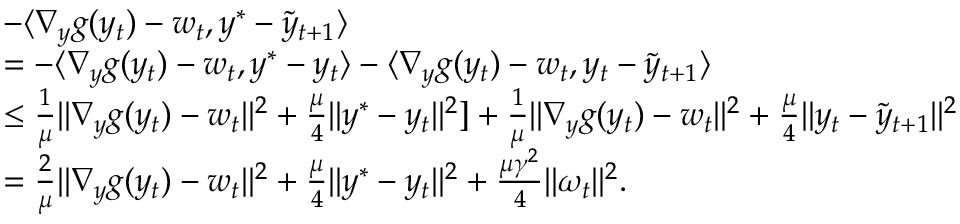
\begin{array} { r l } & { - \langle \nabla _ { y } g ( y _ { t } ) - w _ { t } , y ^ { * } - \tilde { y } _ { t + 1 } \rangle } \\ & { = - \langle \nabla _ { y } g ( y _ { t } ) - w _ { t } , y ^ { * } - y _ { t } \rangle - \langle \nabla _ { y } g ( y _ { t } ) - w _ { t } , y _ { t } - \tilde { y } _ { t + 1 } \rangle } \\ & { \leq \frac { 1 } { \mu } \| \nabla _ { y } g ( y _ { t } ) - w _ { t } \| ^ { 2 } + \frac { \mu } { 4 } \| y ^ { * } - y _ { t } \| ^ { 2 } ] + \frac { 1 } { \mu } \| \nabla _ { y } g ( y _ { t } ) - w _ { t } \| ^ { 2 } + \frac { \mu } { 4 } \| y _ { t } - \tilde { y } _ { t + 1 } \| ^ { 2 } } \\ & { = \frac { 2 } { \mu } \| \nabla _ { y } g ( y _ { t } ) - w _ { t } \| ^ { 2 } + \frac { \mu } { 4 } \| y ^ { * } - y _ { t } \| ^ { 2 } + \frac { \mu \gamma ^ { 2 } } { 4 } \| \omega _ { t } \| ^ { 2 } . } \end{array}